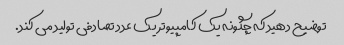
توضیح دهید که چگونه یک کامپیوتر یک عدد تصادفی تولید می کند.